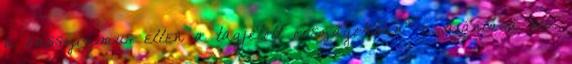
a rasszizmus ellen a tagjelölt országokban” c. ajánlása stb.